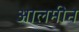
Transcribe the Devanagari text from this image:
आलमीन